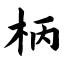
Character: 柄